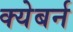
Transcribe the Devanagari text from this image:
क्येबर्न